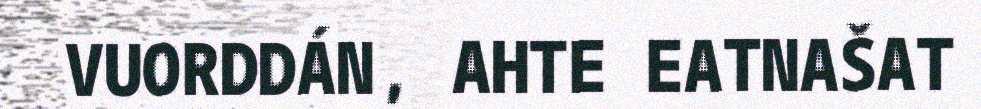
VUORDDÁN, AHTE EATNAŠAT